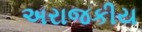
અરાજકીય